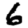
Digit: 6